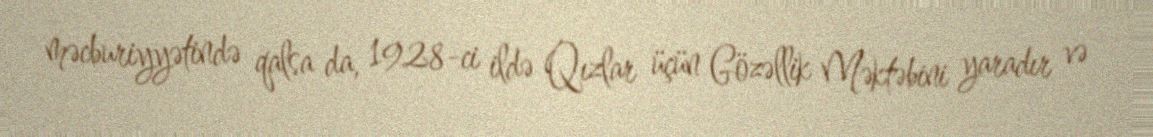
məcburiyyətində qalsa da, 1928-ci ildə Qızlar üçün Gözəllik Məktəbini yaradır və